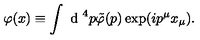
\varphi ( x ) \equiv \int \textrm { d } ^ { 4 } p \tilde { \varphi } ( p ) \exp ( i p ^ { \mu } x _ { \mu } ) .